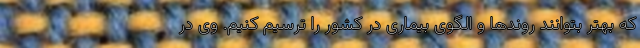
که بهتر بتوانند روندها و الگوی بیماری در کشور را ترسیم کنیم. وی در